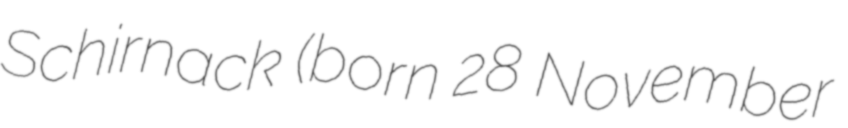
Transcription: Schirnack (born 28 November